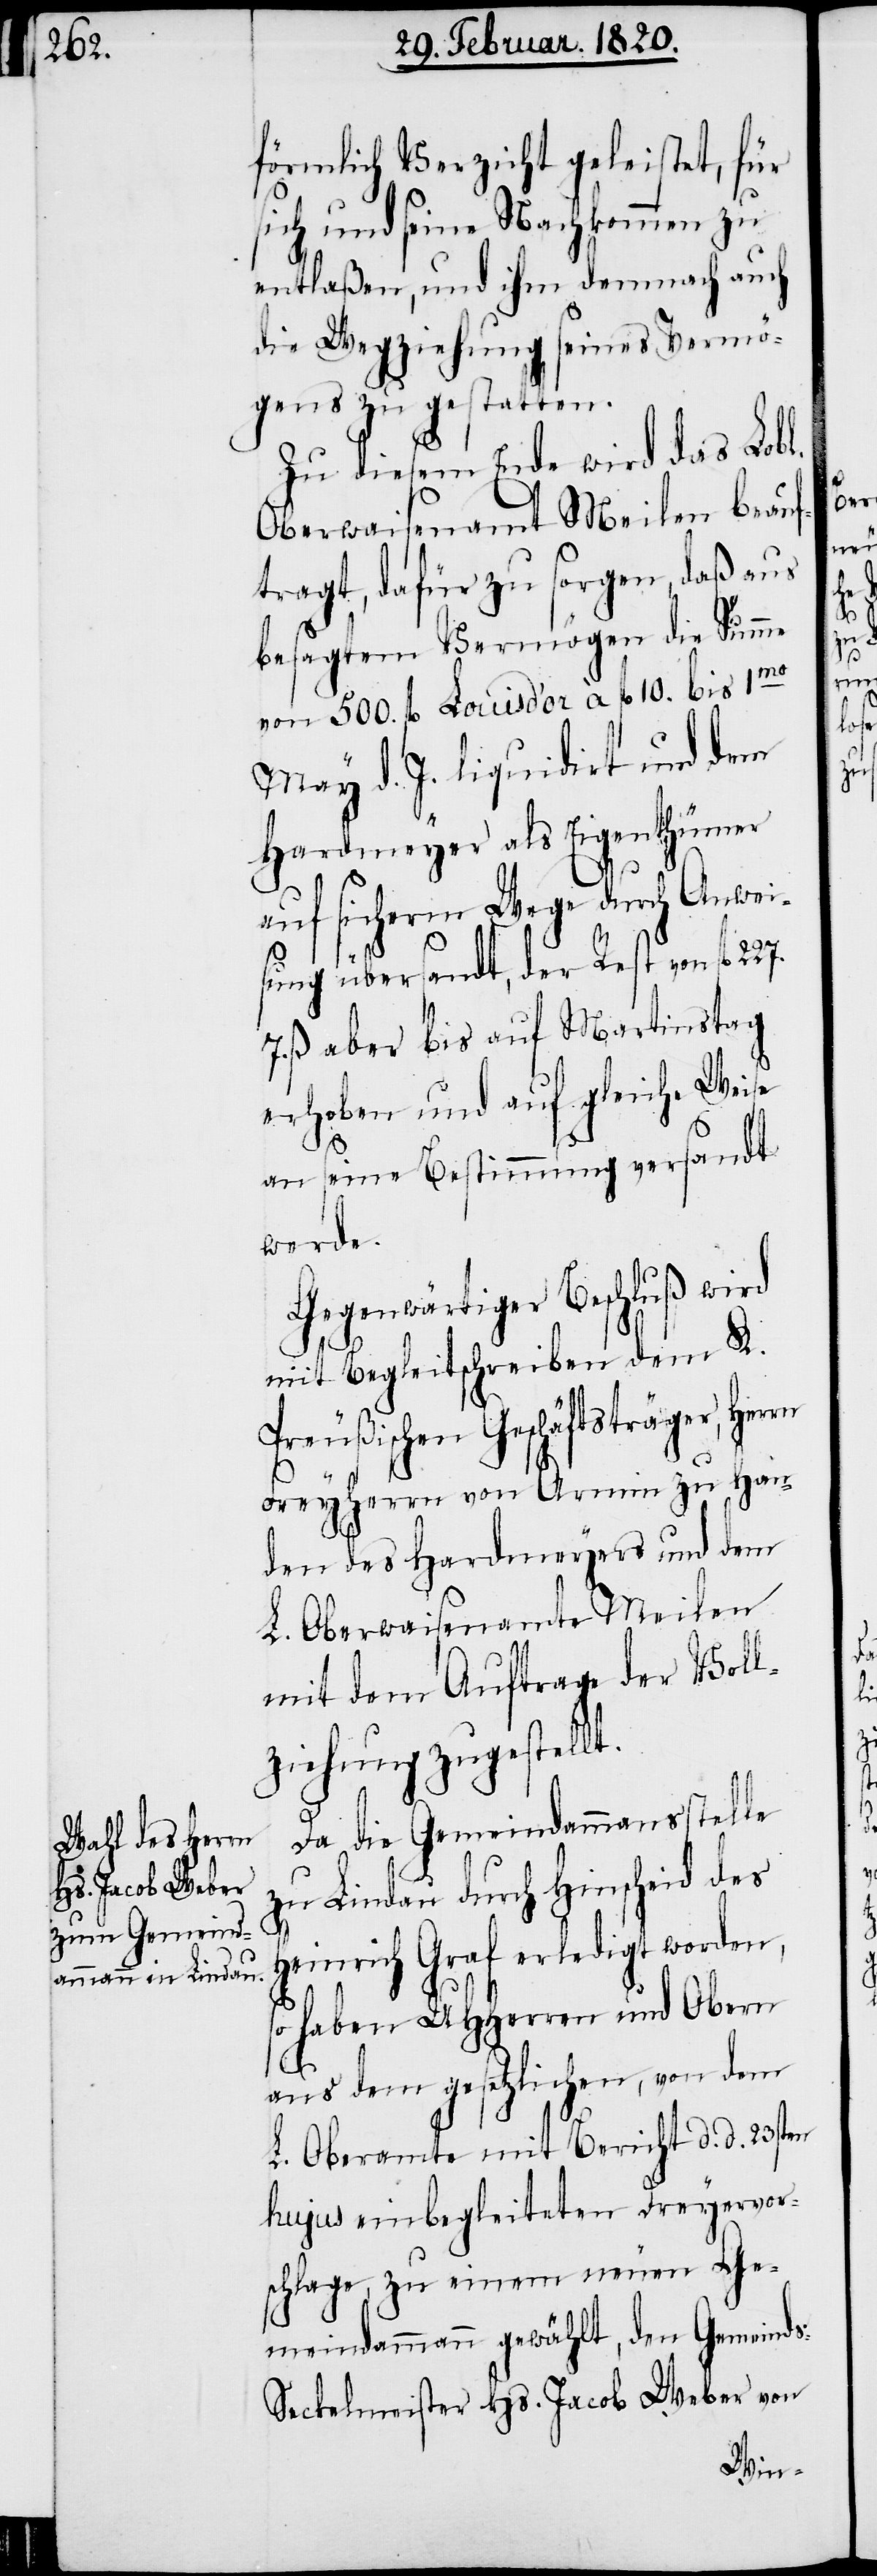
förmlich Verzicht geleistet, für
sich und seine Nachkommen zu
entlaßen, und ihm demnach auch
die Wegziehung seines Vermö¬
gens zu gestatten.
Zu diesem Ende wird das Lobl.
Oberwaisenamt Meilen beauf¬
tragt, dafür zu sorgen, daß aus
besagtem Vermögen die Summe
von 500. fl. Louisd’or à fl 10. bis 1mo
May d. J. liquidirt und dem
Hardmeyer als Eigenthümer
auf sicherm Wege durch Anwei¬
sung übersandt, der Rest von fl
ß aber bis auf Martinstag
erhoben und auf gleiche Weise
an seine Bestimmung versandt
werde.
Gegenwärtiger Beschluß wird
mit Begleitschreiben dem K.
Preußischen Geschäftsträger, Her¬
Freyherrn von Armin zu Han¬
den des Hardmeyers und dem
L. Oberwaisenamte Meilen
mit dem Auftrage der Voll¬
ziehung zugestellt.
Da die Gemeindammansstelle
zu Lindau durch Hinscheid des
Heinrich Graf erledigt worden,
so haben UHHerren und Obern
s-S¬
aus dem gesetzlichen, von dem
L. Oberamte mit Bericht d. d. 23sten
hujus einbegleiteten Dreyervor¬
schlage, zu einem neuen Ge¬
meindammann gewählt, den Gemeind¬
eckelmeister Hs. Jacob Weber von

rn